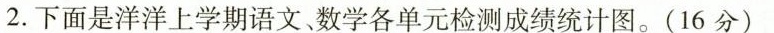
2.下面是洋洋上学期语文、数学各单元检测成绩统计图。(16分)